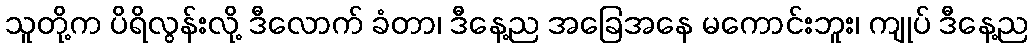
သူတို့က ပိရိလွန်းလို့ ဒီလောက် ခံတာ၊ ဒီနေ့ည အခြေအနေ မကောင်းဘူး၊ ကျုပ် ဒီနေ့ည